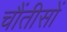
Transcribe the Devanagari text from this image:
चौंतीसों